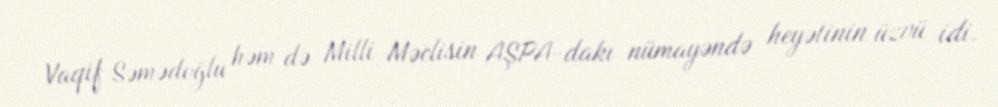
Vaqif Səmədoğlu həm də Milli Məclisin AŞPA-dakı nümayəndə heyətinin üzvü idi.